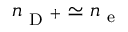
n _ { \mathrm { ~ D ~ } ^ { + } } \simeq n _ { \mathrm { ~ e ~ } }